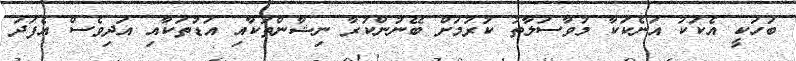
ބަހަކީ އެކަކު އަނެކަކާ މުވާސަލާތު ކުރުމަށް ބޭނުންކުރާ ނިޝާންތަކާއި އަޑުތަކާއި އަދިވެސް އެފަދަ